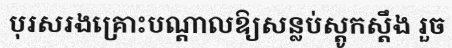
បុរសរងគ្រោះបណ្តាលឱ្យសន្លប់ស្តូកស្តឹង រួច